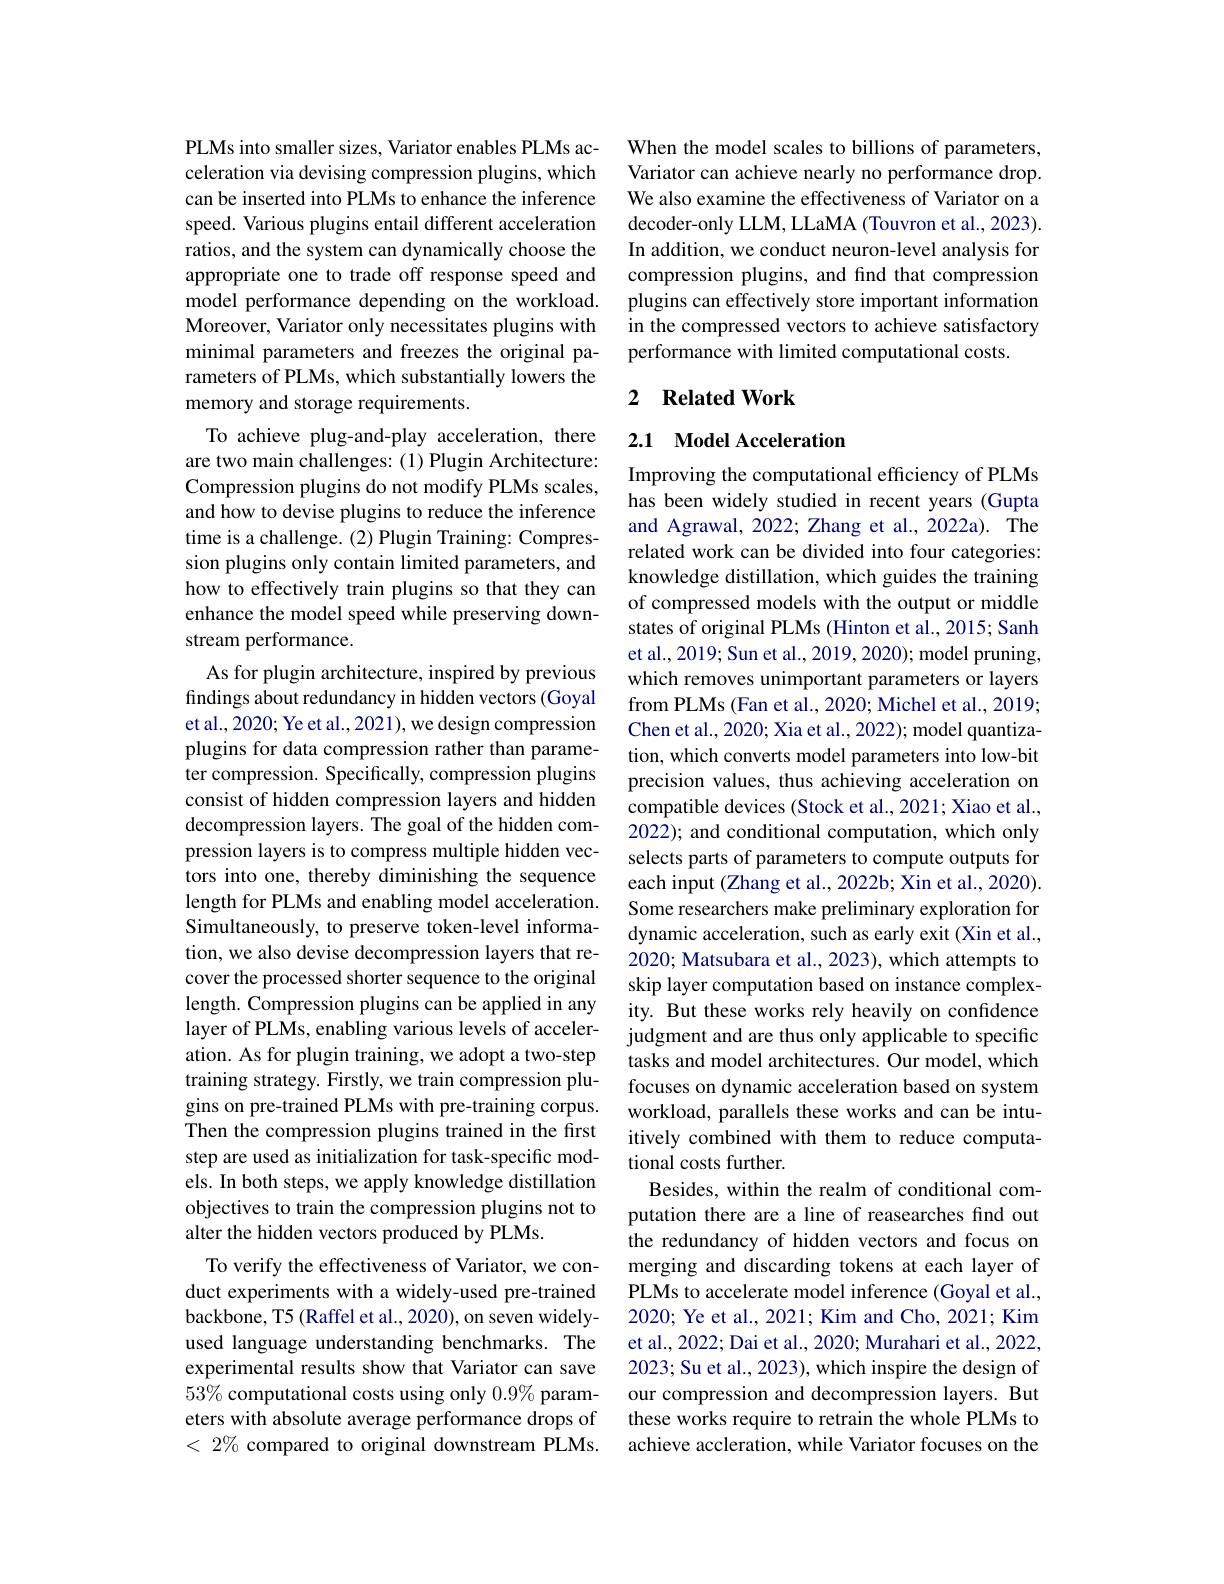
PLMs into smaller sizes, Variator enables PLMs acceleration via devising compression plugins, which can be inserted into PLMs to enhance the inference speed. Various plugins entail different acceleration ratios, and the system can dynamically choose the appropriate one to trade off response speed and model performance depending on the workload. Moreover, Variator only necessitates plugins with minimal parameters and freezes the original parameters of PLMs, which substantially lowers the memory and storage requirements.

To achieve plug-and-play acceleration, there are two main challenges: (1) Plugin Architecture: Compression plugins do not modify PLMs scales, and how to devise plugins to reduce the inference time is a challenge. (2) Plugin Training: Compression plugins only contain limited parameters, and how to effectively train plugins so that they can enhance the model speed while preserving downstream performance.
As for plugin architecture, inspired by previous findings about redundancy in hidden vectors (Goyal et al., 2020; Ye et al., 2021), we design compression plugins for data compression rather than parameter compression. Specifically, compression plugins consist of hidden compression layers and hidden decompression layers. The goal of the hidden compression layers is to compress multiple hidden vectors into one, thereby diminishing the sequence length for PLMs and enabling model acceleration. Simultaneously, to preserve token-level information, we also devise decompression layers that recover the processed shorter sequence to the original length. Compression plugins can be applied in any layer of PLMs, enabling various levels of acceleration. As for plugin training, we adopt a two-step training strategy. Firstly, we train compression plugins on pre-trained PLMs with pre-training corpus. Then the compression plugins trained in the first step are used as initialization for task-specific models. In both steps, we apply knowledge distillation objectives to train the compression plugins not to alter the hidden vectors produced by PLMs.
To verify the effectiveness of Variator, we conduct experiments with a widely-used pre-trained backbone, T5 (Raffel et al., 2020), on seven widelyused language understanding benchmarks. The experimental results show that Variator can save $53\%$ computational costs using only 0.9% parameters with absolute average performance drops of $<2\%$ compared to original downstream PLMs.

When the model scales to billions of parameters, Variator can achieve nearly no performance drop. We also examine the effectiveness of Variator on a decoder-only LLM, LLaMA (Touvron et al., 2023). In addition, we conduct neuron-level analysis for compression plugins, and find that compression plugins can effectively store important information in the compressed vectors to achieve satisfactory performance with limited computational costs.

# 2 Related Work

## 2.1 Model Acceleration

Improving the computational efficiency of PLMs has been widely studied in recent years (Gupta and Agrawal, 2022; Zhang et al., 2022a). The related work can be divided into four categories: knowledge distillation, which guides the training of compressed models with the output or middle states of original PLMs (Hinton et al., 2015; Sanh et al., 2019; Sun et al., 2019, 2020); model pruning, which removes unimportant parameters or layers from PLMs (Fan et al., 2020; Michel et al., 2019; Chen et al., 2020; Xia et al., 2022); model quantization, which converts model parameters into low-bit precision values, thus achieving acceleration on compatible devices (Stock et al., 2021; Xiao et al., 2022); and conditional computation, which only selects parts of parameters to compute outputs for each input (Zhang et al., 2022b; Xin et al., 2020) Some researchers make preliminary exploration for dynamic acceleration, such as early exit (Xin et al., 2020; Matsubara et al., 2023), which attempts to skip layer computation based on instance complexity. But these works rely heavily on confidence judgment and are thus only applicable to specific tasks and model architectures. Our model, which focuses on dynamic acceleration based on system workload, parallels these works and can be intuitively combined with them to reduce computational costs further.
Besides, within the realm of conditional computation there are a line of reasearches find out the redundancy of hidden vectors and focus on merging and discarding tokens at each layer of PLMs to accelerate model inference (Goyal et al., 2020; Ye et al., 2021; Kim and Cho, 2021; Kim et al., 2022; Dai et al., 2020; Murahari et al., 2022, 2023; Su et al., 2023), which inspire the design of our compression and decompression layers. But these works require to retrain the whole PLMs to achieve accleration, while Variator focuses on the